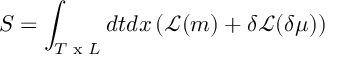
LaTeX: S = \int _ { T \textrm { x } L } d t d x \left( { \cal { \mathcal { L } } } ( m ) + \delta { \cal { \mathcal { L } } } ( \delta \mu ) \right)